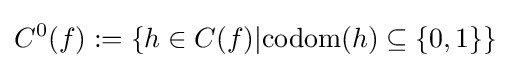
C^{0}(f):=\{h\in C(f)|\mathrm {codom} (h)\subseteq \{0,1\}\}